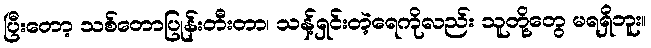
ပြီးတော့ သစ်တောပြုန်းတီးတာ၊ သန့်ရှင်းတဲ့ရေကိုလည်း သူတို့တွေ မရရှိဘူး။